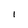
Character: 1